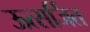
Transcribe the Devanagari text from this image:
ऊत्सर्जित